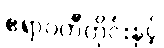
ဧရာဝတီတိုင်းနှင့်